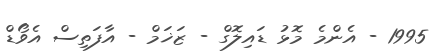
1995 - އެންމެ މޮޅު ޑައިލޮގް - ޒަޚަމް - އާފަތިސް އެވޯޑް